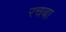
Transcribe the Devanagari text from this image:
रचबा